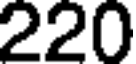
220